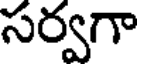
సర్వగా